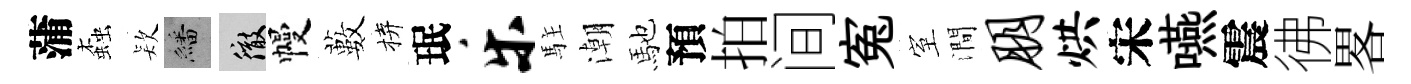
蒲螙𣣇繙徹幔藪拚珉乐駐潮馳預拍间寃室澗朋烘宋嚥震彿畧